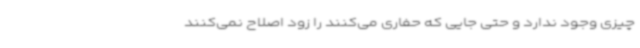
چیزی وجود ندارد و حتی جایی که حفاری می‌کنند را زود اصلاح نمی‌کنند